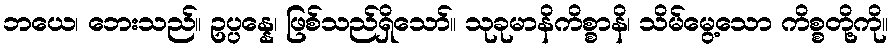
ဘယေ၊ ဘေးသည်။ ဥပ္ပန္နေ၊ ဖြစ်သည်ရှိသော်။ သုခုမာနိကိစ္စာနိ၊ သိမ်မွေ့သော ကိစ္စတို့ကို။